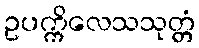
ဥပက္ကိလေသသုတ္တံ